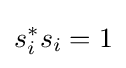
s_{i}^{*}s_{i}=1